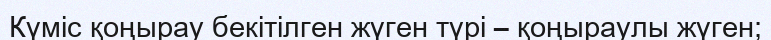
Күміс қоңырау бекітілген жүген түрі – қоңыраулы жүген;